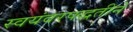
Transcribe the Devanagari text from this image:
स्वयंवरपद्धतीने